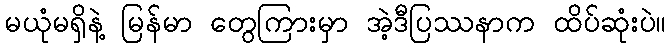
မယုံမရှိနဲ့ မြန်မာ တွေကြားမှာ အဲ့ဒီပြဿနာက ထိပ်ဆုံးပဲ။